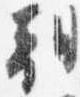
朝